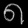
Digit: ၈